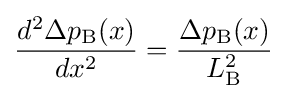
{\frac {d^{2}\Delta p_{\text{B}}(x)}{dx^{2}}}={\frac {\Delta p_{\text{B}}(x)}{L_{\text{B}}^{2}}}